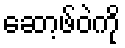
ဆော့ဖ်ဝဲကို